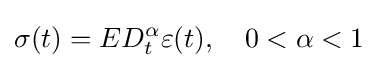
\sigma (t)=E{D_{t}^{\alpha }}\varepsilon (t),\quad 0<\alpha <1